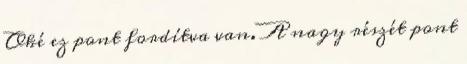
Oké ez pont fordítva van. A nagy részét pont